Vaccination Hyderabad 1890-1903 - 1890-1903
Year: 1890
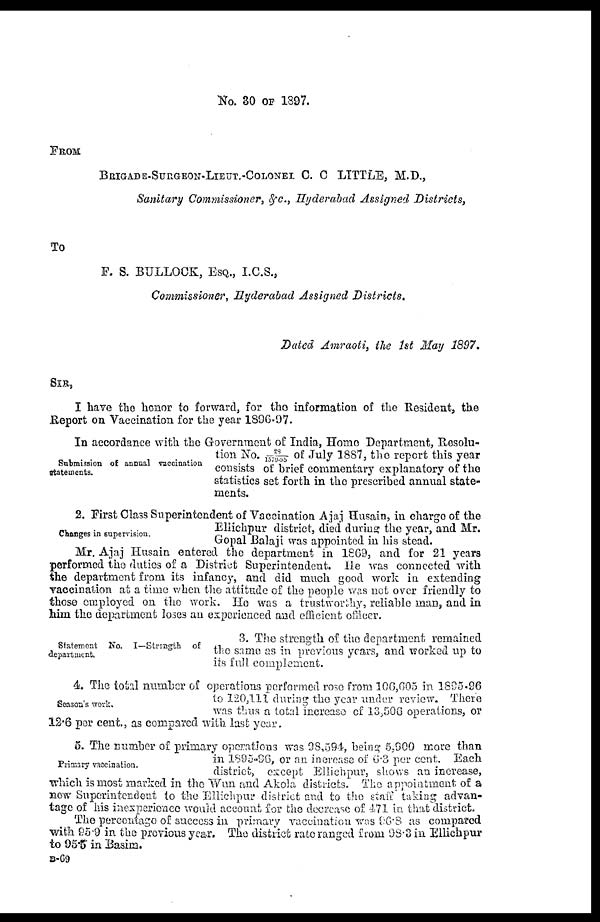
No. 30 OF 1897.
FROM
BRIGADE-SURGEON-LIEUT.-COLONEL C. C LITTLE, M.D.,
Sanitary Commissioner, &c., Hyderabad Assigned Districts,
To
F. S. BULLOCK, ESQ., I.C.S.,
Commissioner, Hyderabad Assigned Districts.
Dated Amraoti, the 1st May 1897.
SIR,
I have the honor to forward, for the information of the Resident, the
Report on Vaccination for the year 1896-97.
Submission of annual vaccination
statements.
In accordance with the Government of India, Home Department, Resolu-
tion No. 28/1579-95 of July 1887, the report this year
consists of brief commentary explanatory of the
statistics set forth in the prescribed annual state-
ments.
Changes in supervision.
2. First Class Superintendent of Vaccination Ajaj Husain, in charge of the
Ellichpur district, died during the year, and Mr.
Gopal Balaji was appointed in his stead.
Mr. Ajaj Husain entered the department in 1869, and for 21 years
performed the duties of a District Superintendent. He was connected with
the department from its infancy, and did much good work in extending
vaccination at a time when the attitude of the people was not over friendly to
those employed on the work. He was a trustworthy, reliable man, and in
him the department loses an experienced and efficient officer.
Statement No. I—Strength of
department.
3. The strength of the department remained
the same as in previous years, and worked up to
its full complement.
Season's work.
4. The total number of operations performed rose from 106,605 in 1895-96
to 120,111 during the year under review. There
was thus a total increase of 13,506 operations, or
12.6 per cent., as compared with last year.
Primary vaccination.
5. The number of primary operations was 98,594, being 5,900 more than
in 1895-96, or an increase of 6.3 per cent. Each
district, except Ellichpur, shows an increase,
which is most marked in the Wun and Akola districts. The appointment of a
now Superintendent to the Ellichpur district and to the staff taking advan-
tage of his inexperience would account for the decrease of 471 in that district.
The percentage of success in primary vaccination was 96.8 as compared
with 95.9 in the previous year. The district rate ranged from 98.3 in Ellichpur
to 95.5 in Basim.
B-69